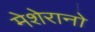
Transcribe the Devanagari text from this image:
मेशेरानो